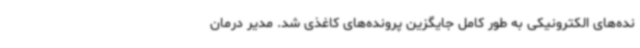
نده‌های الکترونیکی به طور کامل جایگزین پرونده‌های کاغذی شد. مدیر درمان